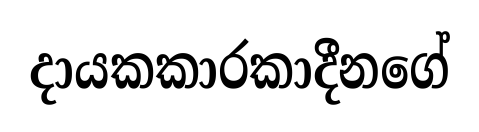
දායකකාරකාදීනගේ